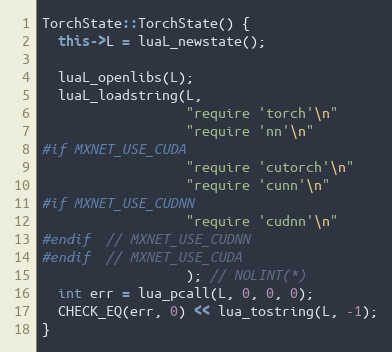
Language: C++
TorchState::TorchState() {
  this->L = luaL_newstate();

  luaL_openlibs(L);
  luaL_loadstring(L,
                  "require 'torch'\n"
                  "require 'nn'\n"
#if MXNET_USE_CUDA
                  "require 'cutorch'\n"
                  "require 'cunn'\n"
#if MXNET_USE_CUDNN
                  "require 'cudnn'\n"
#endif  // MXNET_USE_CUDNN
#endif  // MXNET_USE_CUDA
                  ); // NOLINT(*)
  int err = lua_pcall(L, 0, 0, 0);
  CHECK_EQ(err, 0) << lua_tostring(L, -1);
}